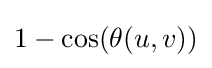
1-\cos(\theta (u,v))